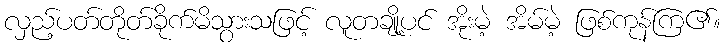
လှည့်ပတ်တိုတ်ခိုက်မိသွားသဖြင့် လူတချို့ပင် အိုးမဲ့ အိမ်မဲ့ ဖြစ်ကုန်ကြ၏။